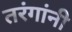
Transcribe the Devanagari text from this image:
तरंगांनी